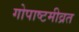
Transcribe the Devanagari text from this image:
गोपाष्टमीव्रत